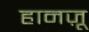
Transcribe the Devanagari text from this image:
हानज़ू